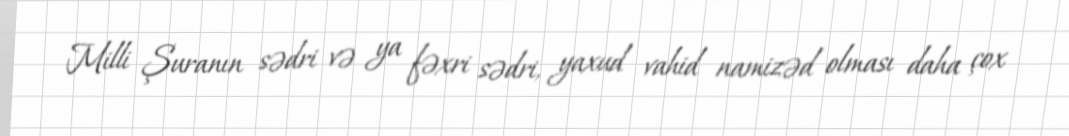
Milli Şuranın sədri və ya fəxri sədri, yaxud vahid namizəd olması daha çox